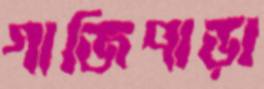
গাজিপাড়া